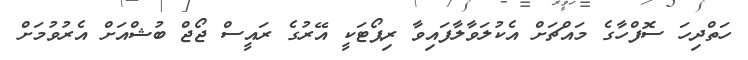
ހަތްދިހަ ސޮފްހާގެ މައްޗަށް އެކުލަވާލާފައިވާ ރިޕޯޓަކީ އޭރުގެ ރައީސް ޖޯޖް ބުޝްއަށް އެރުވުމަށް